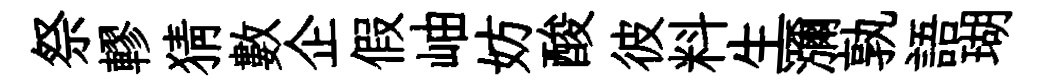
祭轇猜數企假岫妨酸彼料生瀰孰語瑚